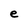
Character: e